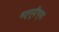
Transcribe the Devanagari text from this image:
मह्मूदींच्या